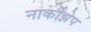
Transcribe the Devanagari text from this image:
नार्कोझेप